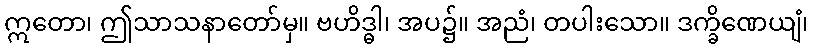
ဣတော၊ ဤသာသနာတော်မှ။ ဗဟိဒ္ဓါ၊ အပ၌။ အညံ၊ တပါးသော။ ဒက္ခိဏေယျံ၊